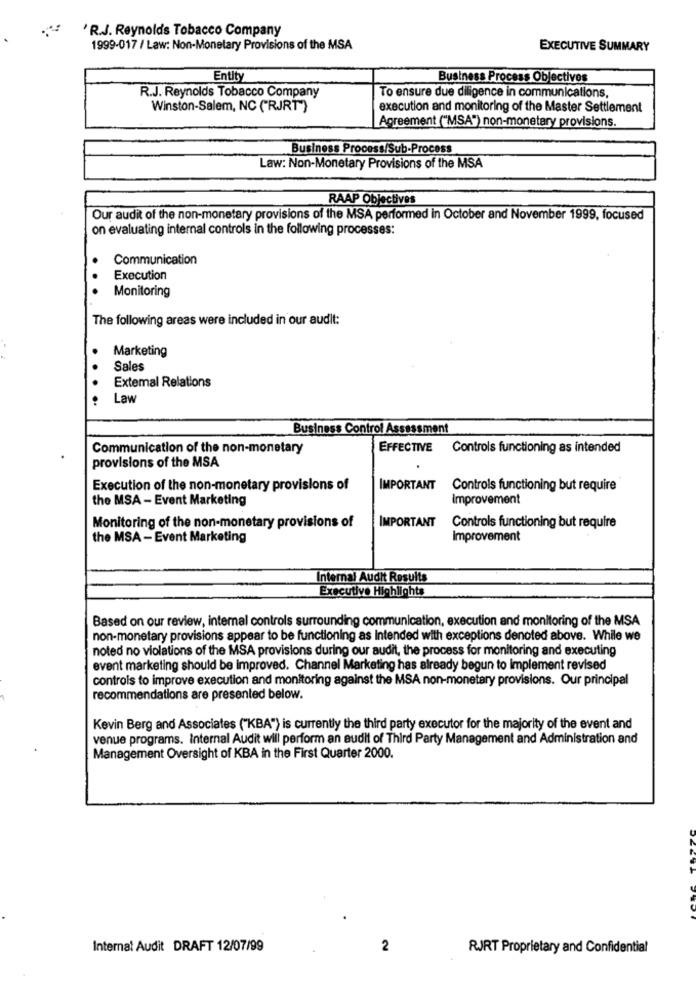
'R.J. Reynolds Tobacco Company
1999-017 / Law: Non-Monetary Provisions of the MSA
EXECUTIVE SUMMARY
Entity
Business Process Objectives
R.J. Reynolds Tobacco Company
To ensure due diligence in communications,
Winston-Salem, NC ("RJRT")
execution and monitoring of the Master Settlement
Agreement ("MSA") non-monetary provisions.
Business Process/Sub-Process
Law: Non-Monetary Provisions of the MSA
RAAP Objectives
Our audit of the non-monetary provisions of the MSA performed in October and November 1999, focused
on evaluating internal controls in the following processes:
Communication
.
.
Execution
Monitoring
The following areas were included in our audit:
Marketing
Sales
External Relations
..
Law
Business Control Assessment
Communication of the non-monetary
EFFECTIVE
Controls functioning as intended
provisions of the MSA
Execution of the non-monetary provisions of
IMPORTANT
Controls functioning but require
the MSA - Event Marketing
Improvement
Monitoring of the non-monetary provisions of
IMPORTANT
Controls functioning but require
the MSA - Event Marketing
Improvement
Internal Audit Results
Executive Highlights
Based on our review, internal controls surrounding communication, execution and monitoring of the MSA
non-monetary provisions appear to be functioning as intended with exceptions denoted above. While we
noted no violations of the MSA provisions during our audit, the process for monitoring and executing
event marketing should be improved. Channel Marketing has already begun to implement revised
controls to improve execution and monitoring against the MSA non-monetary provisions. Our principal
recommendations are presented below.
Kevin Berg and Associates ("KBA") is currently the third party executor for the majority of the event and
venue programs. Internal Audit will perform an audit of Third Party Management and Administration and
Management Oversight of KBA in the First Quarter 2000.
Internal Audit DRAFT 12/07/99
2
RJRT Proprietary and Confidential